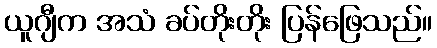
ယူဂျီက အသံ ခပ်တိုးတိုး ပြန်ဖြေသည်။